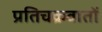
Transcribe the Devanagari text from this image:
प्रतिचक्रवातों